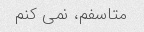
متاسفم، نمی کنم